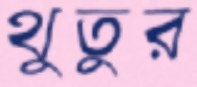
থুতুর